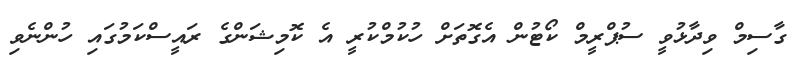
ގާސިމް ވިދާޅުވީ ސުޕްރީމް ކޯޓުން އެގޮތަށް ހުކުމްކުރީ އެ ކޮމިޝަންގެ ރައީސްކަމުގައި ހުންނެވި